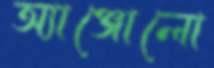
অ্যাঞ্জোলো